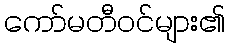
ကော်မတီဝင်များ၏